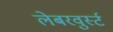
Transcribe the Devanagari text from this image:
लेबरवुर्स्ट